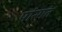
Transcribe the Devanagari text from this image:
पांरगत